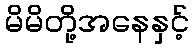
မိမိတို့အနေနှင့်